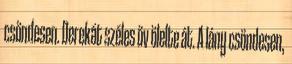
csöndesen. Derekát széles öv ölelte át. A lány csöndesen,